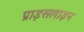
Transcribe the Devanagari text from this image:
प्राइसलाइन